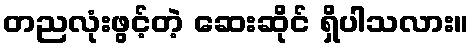
တညလုံးဖွင့်တဲ့ ဆေးဆိုင် ရှိပါသလား။